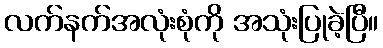
လက်နက်အလုံးစုံကို အသုံးပြုခဲ့ပြီ။